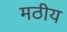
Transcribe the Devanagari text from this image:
मठीय